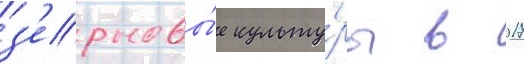
з'ерновы́е культу́ры в 2017